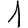
Digit: 1